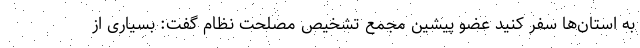
به استان‌ها سفر کنید عضو پیشین مجمع تشخیص مصلحت نظام گفت: بسیاری از